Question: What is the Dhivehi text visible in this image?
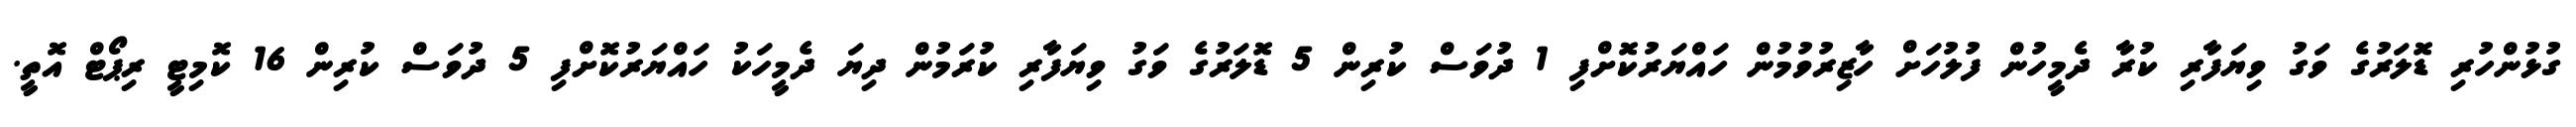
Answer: ގުޅުންހުރި ޑޮލަރުގެ ވަގު ވިޔަފާރި ކުރާ ދެމީހުން ފުލުހަށް ހާޒިރުވުމުން ހައްޔަރުކޮށްފި 1 ދުވަސް ކުރިން 5 ޑޮލަރުގެ ވަގު ވިޔަފާރި ކުރަމުން ދިޔަ ދެމީހަކު ހައްޔަރުކޮށްފި 5 ދުވަސް ކުރިން 16 ކޮމިޓީ ރިޕޯޓް އޮތީ.